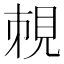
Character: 𧠥